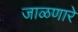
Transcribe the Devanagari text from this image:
जाळणारे